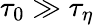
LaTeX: \tau_{0}\gg\tau_{\eta}